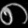
Digit: ၈